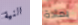
النية بمادة